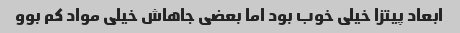
ابعاد پیتزا خیلی خوب بود اما بعضی جاهاش خیلی مواد کم بوو